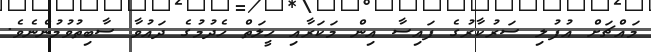
މައްޗަށް އުފުލި ސަރުކާރުގެ ފައިސާ އިން މަކަރާއި ހީލަތް ހެދުމުގެ ދައުވާ ސާބިތުވުމުންނެވެ.